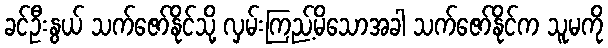
ခင်ဦးနွယ် သက်ဇော်နိုင်သို့ လှမ်းကြည့်မိသောအခါ သက်ဇော်နိုင်က သူမကို